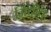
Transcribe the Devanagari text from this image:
मिठीत